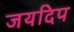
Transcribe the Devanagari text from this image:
जयदिप